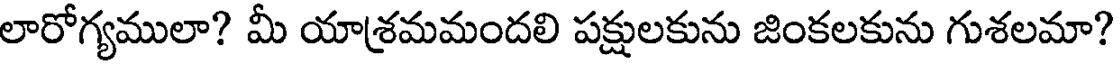
లారోగ్యములా? మీ యాశ్రమమందలి పక్షులకును జింకలకును గుశలమా?